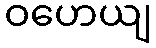
ဝဟေယျ